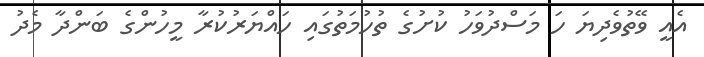
އެއީ ވޭތުވެދިޔަ ހަ މަސްދުވަހު ކުށުގެ ތުހުމަތުގައި ހައްޔަރުކުރާ މީހުންގެ ބަންދާ މެދު